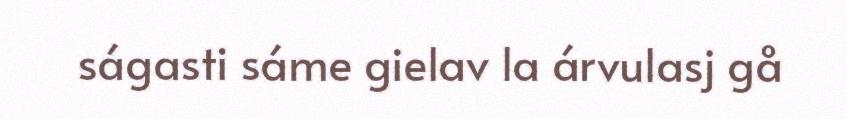
ságasti sáme gielav la árvulasj gå